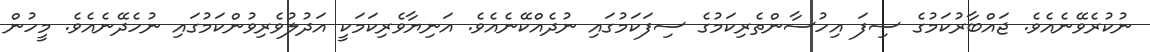
ނުކުރެވޭނެއެވެ. ޖައްބާރުކަމުގެ ސިފަ އިހުސާންތެރިކަމުގެ ސިފަކަމުގައިި ނުދެއްކޭނެއެވެ. އަނިޔާވެރިކަމަކީ އަދުލުވެރިވުންކަމުގައި ނުހެދޭނެއެވެ. މީހުން